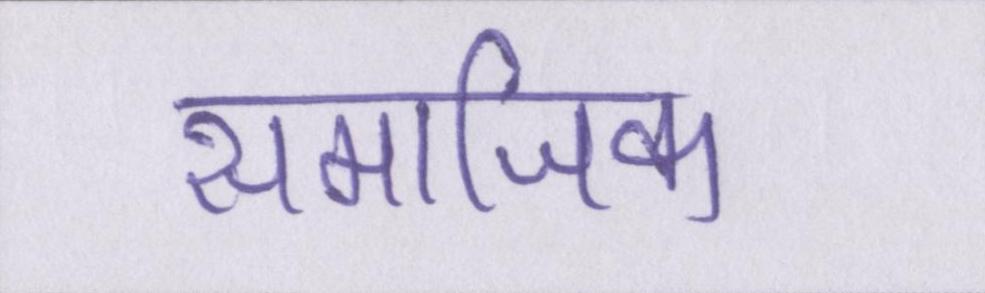
समाजिक